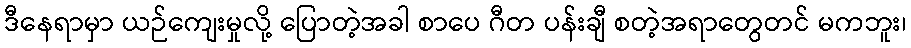
ဒီနေရာမှာ ယဉ်ကျေးမှုလို့ ပြောတဲ့အခါ စာပေ ဂီတ ပန်းချီ စတဲ့အရာတွေတင် မကဘူး၊